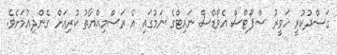
ގަސްދުކުރީ ހަވީރު ސްޕޯޓްސް އެވޯޑްސް ނައިޓްގެ ނަމުގައި އެ ރަސްމިއްޔާތު ކުރިއަށް ގެންދިއުމަށެވެ.